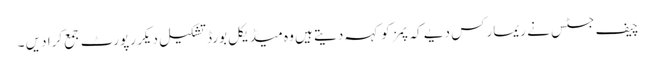
چیف جسٹس نے ریمارکس دیے کہ پمز کو کہہ دیتے ہیں وہ میڈیکل بورڈ تشکیل دیکر رپورٹ جمع کرا دیں ۔